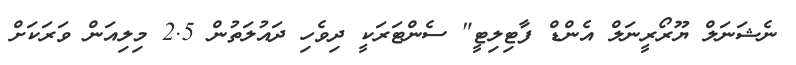
ނެޝަނަލް ޔޫރޯރީނަލް އެންޑް ފާޓިލިޓީ" ސެންޓަރަކީ ދިވެހި ދައުލަތުން 2.5 މިލިއަން ވަރަކަށް